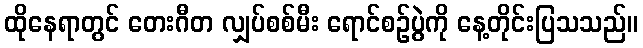
ထိုနေရာတွင် တေးဂီတ လျှပ်စစ်မီး ရောင်စဉ်ပွဲကို နေ့တိုင်းပြသသည်။